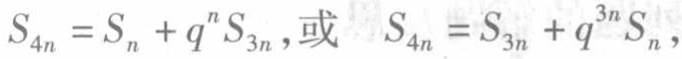
$S_{4n}=S_{n}+q^{n}S_{3n},\text{或 }S_{4n}=S_{3n}+q^{3n}S_{n},$